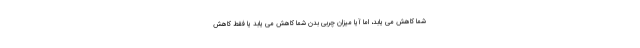
شما کاهش می یابد، اما آیا میزان چربی بدن شما کاهش می یابد یا فقط کاهش